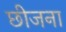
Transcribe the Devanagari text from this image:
छीजना